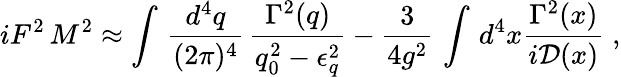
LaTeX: iF^{2}\, M^{2}\approx\int\, \frac{d^{4}q}{(2\pi)^{4}}\, \frac{\Gamma^{2}(q)}{q_{0}^{2}-\epsilon_{q}^{2}}-\frac{3}{4g^{2}}\, \int\, d^{4}x\frac{\Gamma^{2}(x)}{i{\cal D}(x)}\; ,